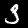
Digit: 3